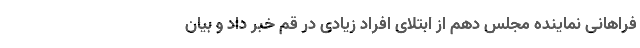
فراهانی نماینده مجلس دهم از ابتلای افراد زیادی در قم خبر داد و بیان